Annual report of the Civil Veterinary Department, Bengal, for the year 1896-97 - 1896-1897
Year: 1896
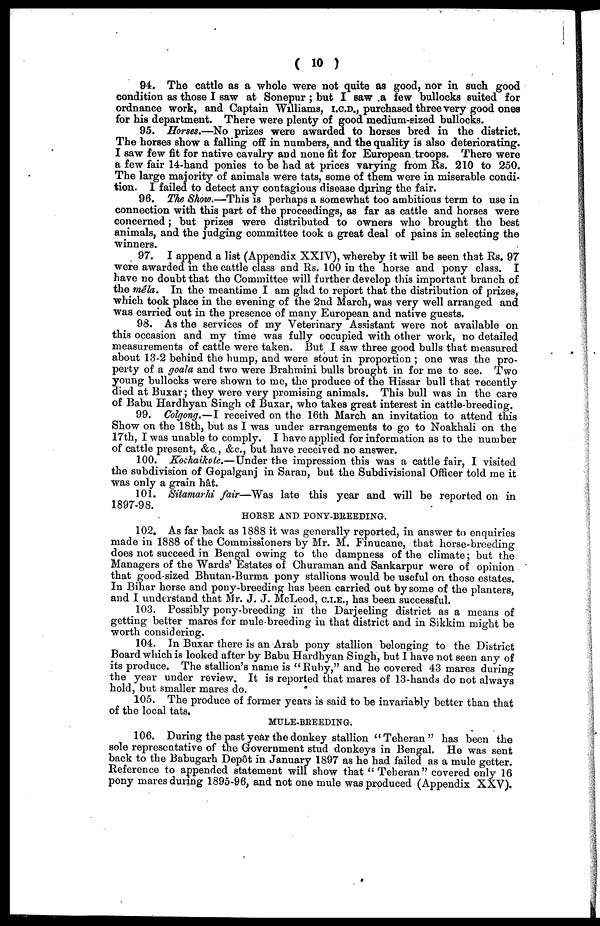
(10)
94. The cattle as a whole were not quite as good, nor in such good
condition as those I saw at Sonepur; but I saw a few bullocks suited for
ordnance work, and Captain Williams, I.C.D., purchased three very good ones
for his department. There were plenty of good medium-sized bullocks.
95. Horses.—No prizes were awarded to horses bred in the district.
The horses show a falling off in numbers, and the quality is also deteriorating.
I saw few fit for native cavalry and none fit for European troops. There were
a few fair 14-hand ponies to be had at prices varying from Rs. 210 to 250.
The large majority of animals were tats, some of them were in miserable condi-
tion. I failed to detect any contagious disease during the fair.
96. The Show.—This is perhaps a somewhat too ambitious term to use in
connection with this part of the proceedings, as far as cattle and horses were
concerned; but prizes were distributed to owners who brought the best
animals, and the judging committee took a great deal of pains in selecting the
winners.
97. I append a list (Appendix XXIV), whereby it will be seen that Rs. 97
were awarded in the cattle class and Rs. 100 in the horse and pony class. I
have no doubt that the Committee will further develop this important branch of
the mêla. In the meantime I am glad to report that the distribution of prizes,
which took place in the evening of the 2nd March, was very well arranged and
was carried out in the presence of many European and native guests.
98. As the services of my Veterinary Assistant were not available on
this occasion and my time was fully occupied with other work, no detailed
measurements of cattle were taken. But I saw three good bulls that measured
about 13-2 behind the hump, and were stout in proportion; one was the pro-
perty of a goala and two were Brahmini bulls brought in for me to see. Two
young bullocks were shown to me, the produce of the Hissar bull that recently
died at Buxar; they were very promising animals. This bull was in the care
of Babu Hardhyan Singh of Buxar, who takes great interest in cattle-breeding.
99. Colgong.—I received on the 16th March an invitation to attend this
Show on the 18th, but as I was under arrangements to go to Noakhali on the
17th, I was unable to comply. I have applied for information as to the number
of cattle present, &c., &c., but have received no answer.
100. Kochaikote.—Under the impression this was a cattle fair, I visited
the subdivision of Gopalganj in Saran, but the Subdivisional Officer told me it
was only a grain hât.
101. Sitamarhi fair—Was
late this year and will be reported on in
1897-98.
HORSE AND PONY-BREEDING.
102. As far back as 1888 it was generally reported, in answer to enquiries
made in 1888 of the Commissioners by Mr. M. Finucane, that horse-breeding
does not succeed in Bengal owing to the dampness of the climate; but the
Managers of the Wards' Estates of Churaman and Sankarpur were of opinion
that good-sized Bhutan-Burma pony stallions would be useful on those estates.
In Bihar horse and pony-breeding has been carried out by some of the planters,
and I understand that Mr. J. J. McLeod, C.I.E., has been successful.
103. Possibly pony-breeding in the Darjeeling district as a means of
getting better mares for mule-breeding in that district and in Sikkim might be
worth considering.
104. In Buxar there is an Arab pony stallion belonging to the District
Board which is looked after by Babu Hardhyan Singh, but I have not seen any of
its produce. The stallion's name is "Ruby," and he covered 43 mares during
the year under review. It is reported that mares of 13-hands do not always
hold, but smaller mares do.
105. The produce of former years is said to be invariably better than that
of the local tats.
MULE-BREEDING.
106. During the past year the donkey stallion "Teheran" has been the
sole representative of the Government stud donkeys in Bengal. He was sent
back to the Babugarh Depot in January 1897 as he had failed as a mule getter.
Reference to appended statement will show that "Teheran" covered only 16
pony mares during 1895-96, and not one mule was produced (Appendix XXV).